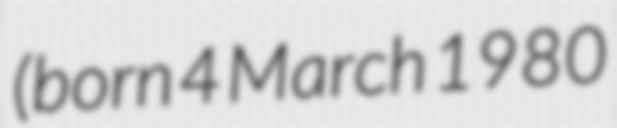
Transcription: (born 4 March 1980